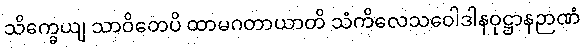
သိက္ခေယျ သာဝိတေပိ ထာမဂတာယာတိ သံကိလေသဝေါဒါနဝုဋ္ဌာနဉာဏံ